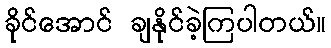
ခိုင်အောင် ချနိုင်ခဲ့ကြပါတယ်။